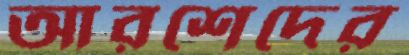
আরশেদের